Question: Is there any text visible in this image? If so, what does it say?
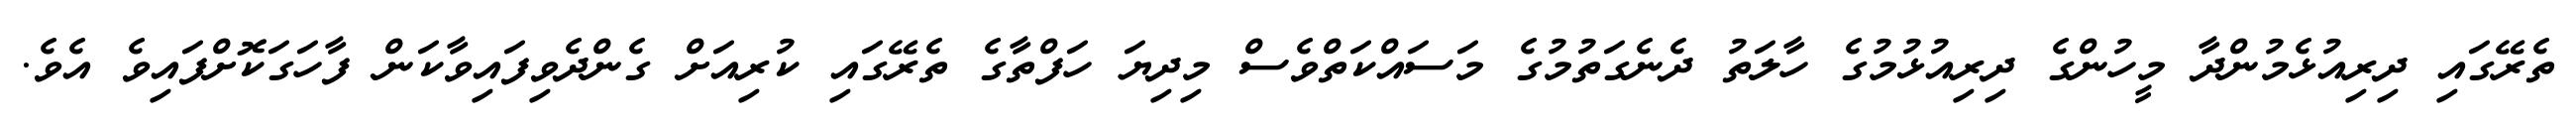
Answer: ތެރޭގައި ދިރިއުޅެމުންދާ މީހުންގެ ދިރިއުޅުމުގެ ހާލަތު ދެނެގަތުމުގެ މަސައްކަތްވެސް މިދިޔަ ހަފްތާގެ ތެރޭގައި ކުރިއަށް ގެންދެވިފައިވާކަން ފާހަގަކޮށްފައިވެ އެވެ.